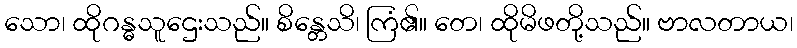
သော၊ ထိုဂန္ဓသူဌေးသည်။ စိန္တေသိ၊ ကြံ၏။ တေ၊ ထိုမိဖတို့သည်။ ဗာလတာယ၊